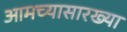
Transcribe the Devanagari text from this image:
आमच्यासारख्या